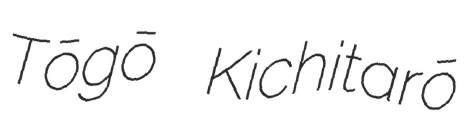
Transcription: Tōgō Kichitarō